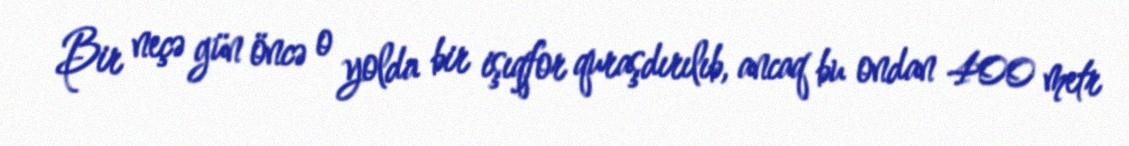
Bir neçə gün öncə o yolda bir işıqfor quraşdırılıb, ancaq bu ondan 400 metr